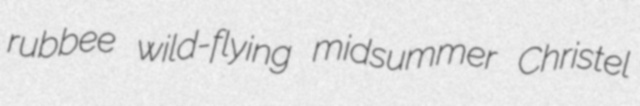
rubbee wild-flying midsummer Christel